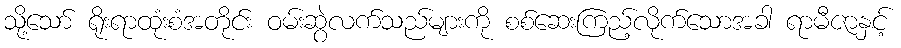
သို့သော် ရိုးရာထုံးစံအတိုင်း ဝမ်းဆွဲလက်သည်များကို စစ်ဆေးကြည့်လိုက်သောအခါ ရာမီဇာနှင့်